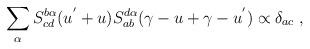
LaTeX: \begin{align*}\sum_{\alpha}S^{b\alpha}_{cd}(u^{'}+u)S^{d\alpha}_{ab}(\gamma-u+\gamma-u^{'})\propto\delta_{ac}\;,\end{align*}